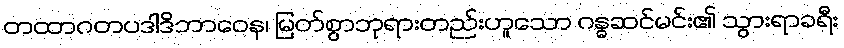
တထာဂတပဒါဒိဘာဝေန၊ မြတ်စွာဘုရားတည်းဟူသော ဂန္ဓဆင်မင်း၏ သွားရာခရီး